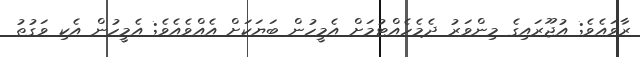
ރާވައެވެ; އުޖޫރައިގެ މިންވަރު ދެމެހެއްޓުމަށް އެމީހުން ބަޔަކަށް އެއްވެއެވެ; އެމީހުން އެކި ވަގުތު